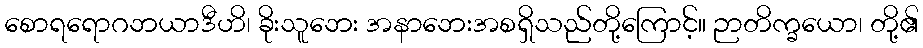
စောရရောဂဘယာဒီဟိ၊ ခိုးသူဘေး အနာဘေးအစရှိသည်တို့ကြောင့်။ ဉာတိက္ခယော၊ တို့၏